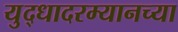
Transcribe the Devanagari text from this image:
युद्धादरम्यानच्या